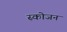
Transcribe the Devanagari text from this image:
स्कोजन